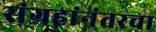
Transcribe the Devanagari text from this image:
संग्रहांनंतरचा